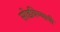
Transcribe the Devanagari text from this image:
सोडविण्याची